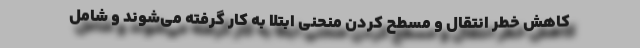
کاهش خطر انتقال و مسطح کردن منحنی ابتلا به کار گرفته می‌شوند و شامل